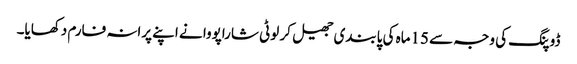
ڈوپنگ کی وجہ سے 15ماہ کی پابندی جھیل کر لوٹی شاراپووا نے اپنے پرانہ فارم دکھایا۔